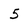
Character: 5